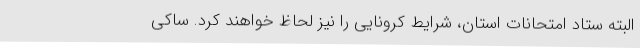
البته ستاد امتحانات استان، شرایط کرونایی را نیز لحاظ خواهند کرد. ساکی